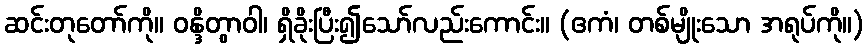
ဆင်းတုတော်ကို။ ဝန္ဒိတွာဝါ၊ ရှိခိုးပြီး၍သော်လည်းကောင်း။ (ဧကံ၊ တစ်မျိုးသော အရုပ်ကို။)